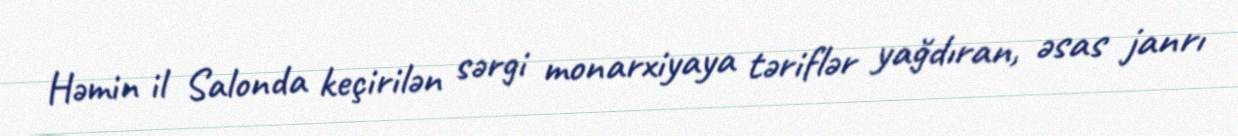
Həmin il Salonda keçirilən sərgi monarxiyaya təriflər yağdıran, əsas janrı